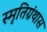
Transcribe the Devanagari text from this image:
स्मृतिग्रंथास